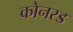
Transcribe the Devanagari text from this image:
कोनरड